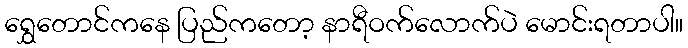
ရွှေတောင်ကနေ ပြည်ကတော့ နာရီဝက်လောက်ပဲ မောင်းရတာပါ။